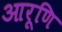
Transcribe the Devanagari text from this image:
आरूणि